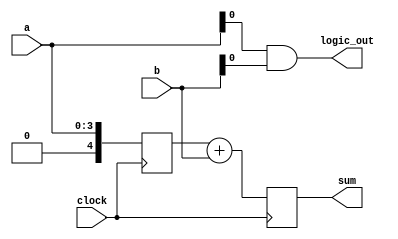
module behavioral_model (
    input wire clock,
    input wire [3:0] a,     // 4-bit input
    input wire [3:0] b,     // 4-bit input
    output reg [4:0] sum,   // 5-bit output for sum
    output reg logic_out    // Output for combinational logic
);

// Combinational logic example using always @*
always @* begin
    // Example logic: AND operation
    logic_out = a[0] & b[0];  // AND operation on the least significant bits
end

// Sequential logic example using always @(posedge clock)
reg [4:0] register_a; // Register to hold the value of 'a'

always @(posedge clock) begin
    // Example operation: Adding 'a' and 'b' on the clock's rising edge
    sum <= register_a + b; // Update sum when the clock rises
    register_a <= a;       // Capture the input 'a' at clock edge
end

endmodule